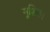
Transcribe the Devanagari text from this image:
मूशिका